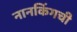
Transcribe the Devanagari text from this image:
नानकिंगची